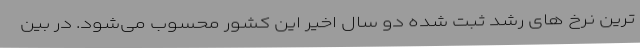
ترین نرخ های رشد ثبت شده دو سال اخیر این کشور محسوب می‌شود. در بین